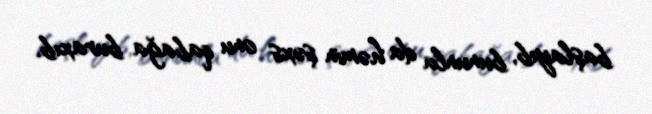
başlayıb, bununla da həmin şəxs onu qabağa buraxıb.